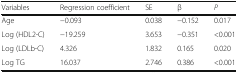
<table><thead><tr><td><b>Variables</b></td><td><b>Regression coefficient</b></td><td><b>SE</b></td><td><b>β</b></td><td><b><i>P</i></b></td></tr></thead><tbody><tr><td>Age</td><td>−0.093</td><td>0.038</td><td>−0.152</td><td>0.017</td></tr><tr><td>Log (HDL2-C)</td><td>−19.259</td><td>3.653</td><td>−0.351</td><td>&lt;0.001</td></tr><tr><td>Log (LDLb-C)</td><td>4.326</td><td>1.832</td><td>0.165</td><td>0.020</td></tr><tr><td>Log TG</td><td>16.037</td><td>2.746</td><td>0.386</td><td>&lt;0.001</td></tr></tbody></table>